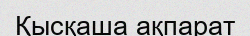
Қысқаша ақпарат